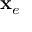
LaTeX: \mathbf { x } _ { e }